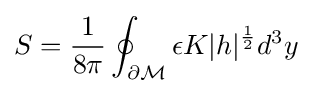
S={1 \over 8\pi }\oint _{\partial {\mathcal {M}}}\epsilon K|h|^{1 \over 2}d^{3}y